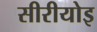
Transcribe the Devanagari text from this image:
सीरीयोइ